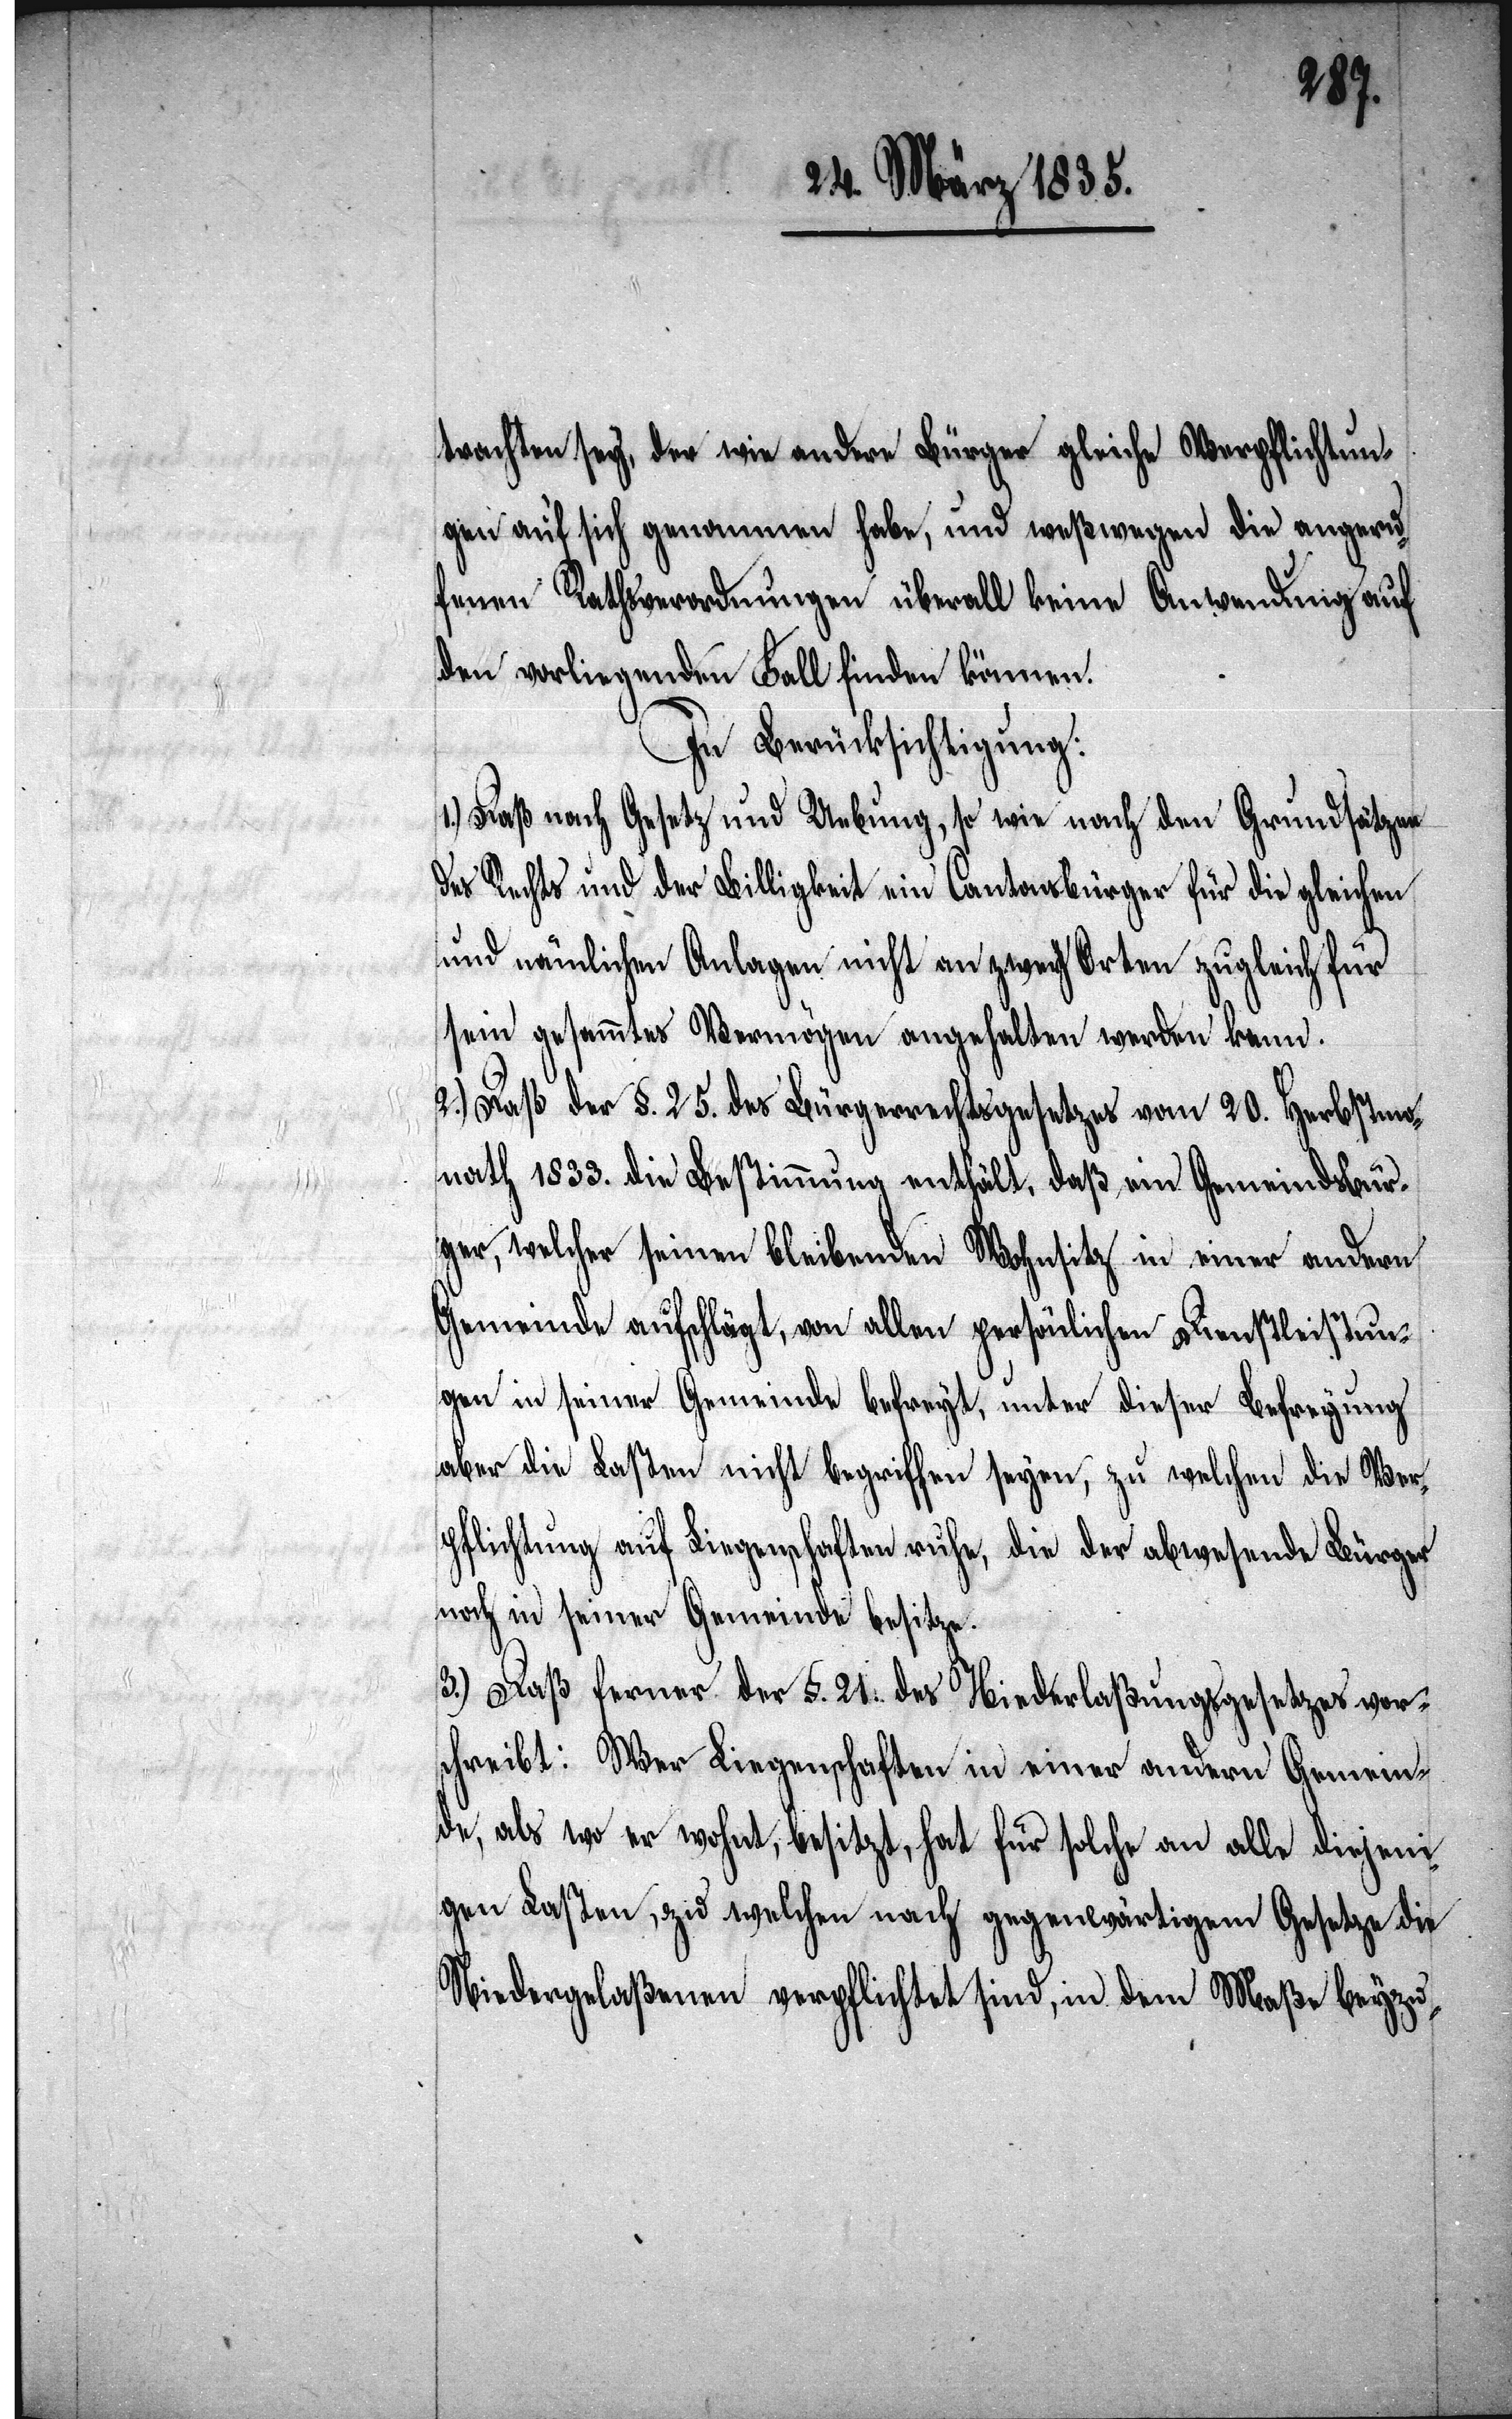
trachten sey, der wie andere Bürger gleiche Verpflichtun¬
gen auf sich genommen habe, und weßwegen die angeru¬
fenen Rathsverordnungen überall keine Anwendung auf
den vorliegenden Fall finden können.
In Berücksichtigung:
1.) Daß nach Gesetz und Uebung, so wie nach den Grundsätzen
des Rechts und der Billigkeit ein Cantonsbürger für die gleichen
und nämlichen Anlagen nicht an zwey Orten zugleich für
sein gesammtes Vermögen angehalten werden kann.
2.) Daß der §. 25. des Bürgerrechtsgesetzes vom 20. Herbstmo¬
nath 1833. die Bestimmung enthält, daß ein Gemeindsbür¬
ger, welcher seinen bleibenden
Wohnsitz in einer andern
Gemeinde aufschlägt, von allen
persönlichen Dienstleistun¬
gen in seiner Gemeinde befreyt, unter dieser Befreyung
aber die Lasten nicht begriffen seyen, zu welchen die Ver¬
pflichtung auf Liegenschaften ruhe, die der abwesende Bürger
noch in seiner Gemeinde besitze.
3.) Daß ferner der §. 21. des Niederlaßungsgesetzes vor¬
schreibt: Wer Liegenschaften in einer andern Gemein¬
de, als wo er wohnt, besitzt, hat für solche an alle diejeni¬
gen Lasten, zu welchen nach gegenwärtigem Gesetze die
Niedergelaßenen verpflichtet sind, in dem Maße beyzu-